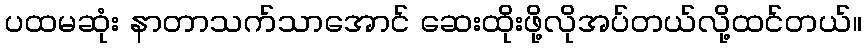
ပထမဆုံး နာတာသက်သာအောင် ဆေးထိုးဖို့လိုအပ်တယ်လို့ထင်တယ်။